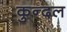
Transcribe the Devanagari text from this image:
कुन्दल